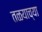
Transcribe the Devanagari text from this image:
तळयाच्या